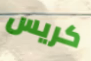
كريس